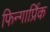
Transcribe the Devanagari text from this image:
फिन्गार्प्रिक